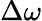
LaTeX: \Delta\omega